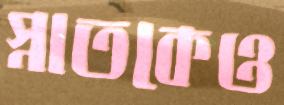
স্নাতকেও